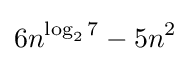
6n^{\log _{2}7}-5n^{2}